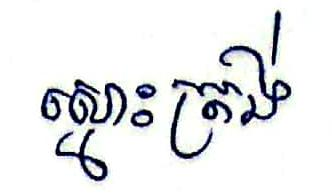
ស្មោះត្រង់